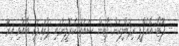
-- ފޮޓޯ: އޭއެފްޕީ ރިޕަބްލިކަން ޕާޓީން ސައުތު ކެރޮލީނާގައި ޕްރައިމަރީ ބޭއްވި އިރު